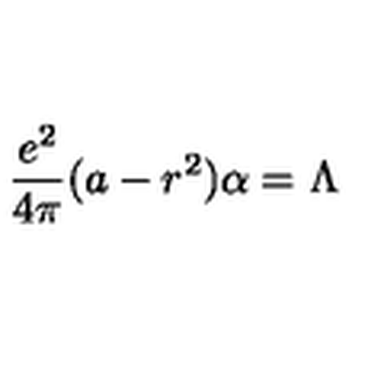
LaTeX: { \frac { e ^ { 2 } } { 4 \pi } } ( a - r ^ { 2 } ) \alpha = \Lambda